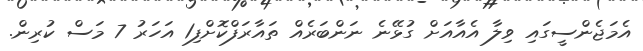
އެމަޖެންސީގައި ވިލާ އެއާއަށް ގުޅޭނެ ނަންބަރެއް ތައާރަފްކޮށްފި1 އަހަރު 7 މަސް ކުރިން.